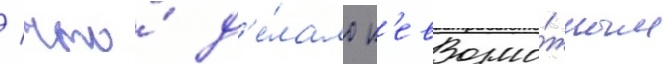
/ что́ д'е́лало н'евозмо́жным